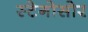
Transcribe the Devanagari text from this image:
स्टेगोसोर